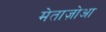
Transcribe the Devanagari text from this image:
मेताज़ोआ